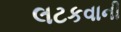
લટકવાની